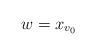
LaTeX: \begin{align*} w = x_{v_0} \end{align*}